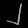
Digit: ၂